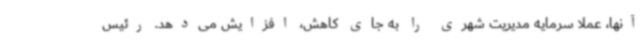
آنها، عملا سرمایه مدیریت شهری را به جای کاهش، افزایش می‌دهد. رئیس